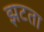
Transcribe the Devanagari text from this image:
झटता